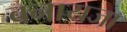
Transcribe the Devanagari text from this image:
बनायजा